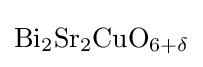
{\mathrm {Bi} }_{2}{\mathrm {Sr} }_{2}{\mathrm {CuO} }_{6+\delta }